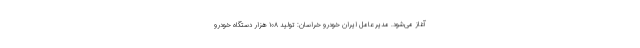
آغاز می‌شود. مدیر عامل ایران خودرو خراسان: تولید ۱۰۸ هزار دستگاه خودرو